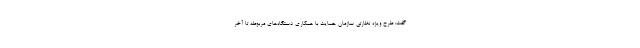
گفت: طرح ویژه نظارتی سازمان حمایت با همکاری دستگاه‌های مربوطه تا آخر